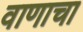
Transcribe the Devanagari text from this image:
वाणाचा